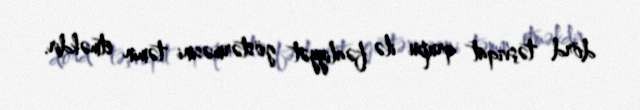
dörd təşviqat qrupu ilə fəaliyyət göstərməsini təmin etməkdir.